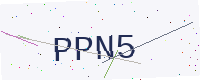
Text: PPN5